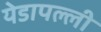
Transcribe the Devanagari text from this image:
येडापल्ली